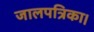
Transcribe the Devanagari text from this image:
जालपत्रिका।